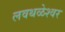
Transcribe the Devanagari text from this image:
लवथळेश्वर